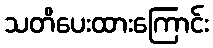
သတိပေးထားကြောင်း